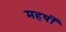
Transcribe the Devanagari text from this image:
महर्षीं